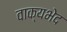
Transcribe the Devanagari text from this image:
वाक्यभेद